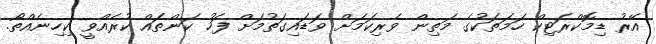
އޭރު ޑިމޮކްރަޓިކް ހަމަތަކުގެ މަތިން ވެރިކަމަށް ވަޑައިގަތުމަށް ފަހު ކަންތައް ކުރެއްވީ ކިހިނެއްތޯ.